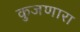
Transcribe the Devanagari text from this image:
कुजणारा